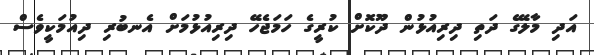
އަދި މާލޭގެ ދަތި ދިރިއުޅުން ދޫކޮށް ކުރީގެ ހަމަޖެހޭ ދިރިއުޅުމަށް އެނބުރި ދިއުމަކީވެސް